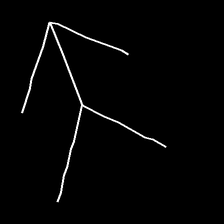
Glyph: gather